NAE_ERA_R-1665_Eesti_Kunstnike_Liit, lk 77
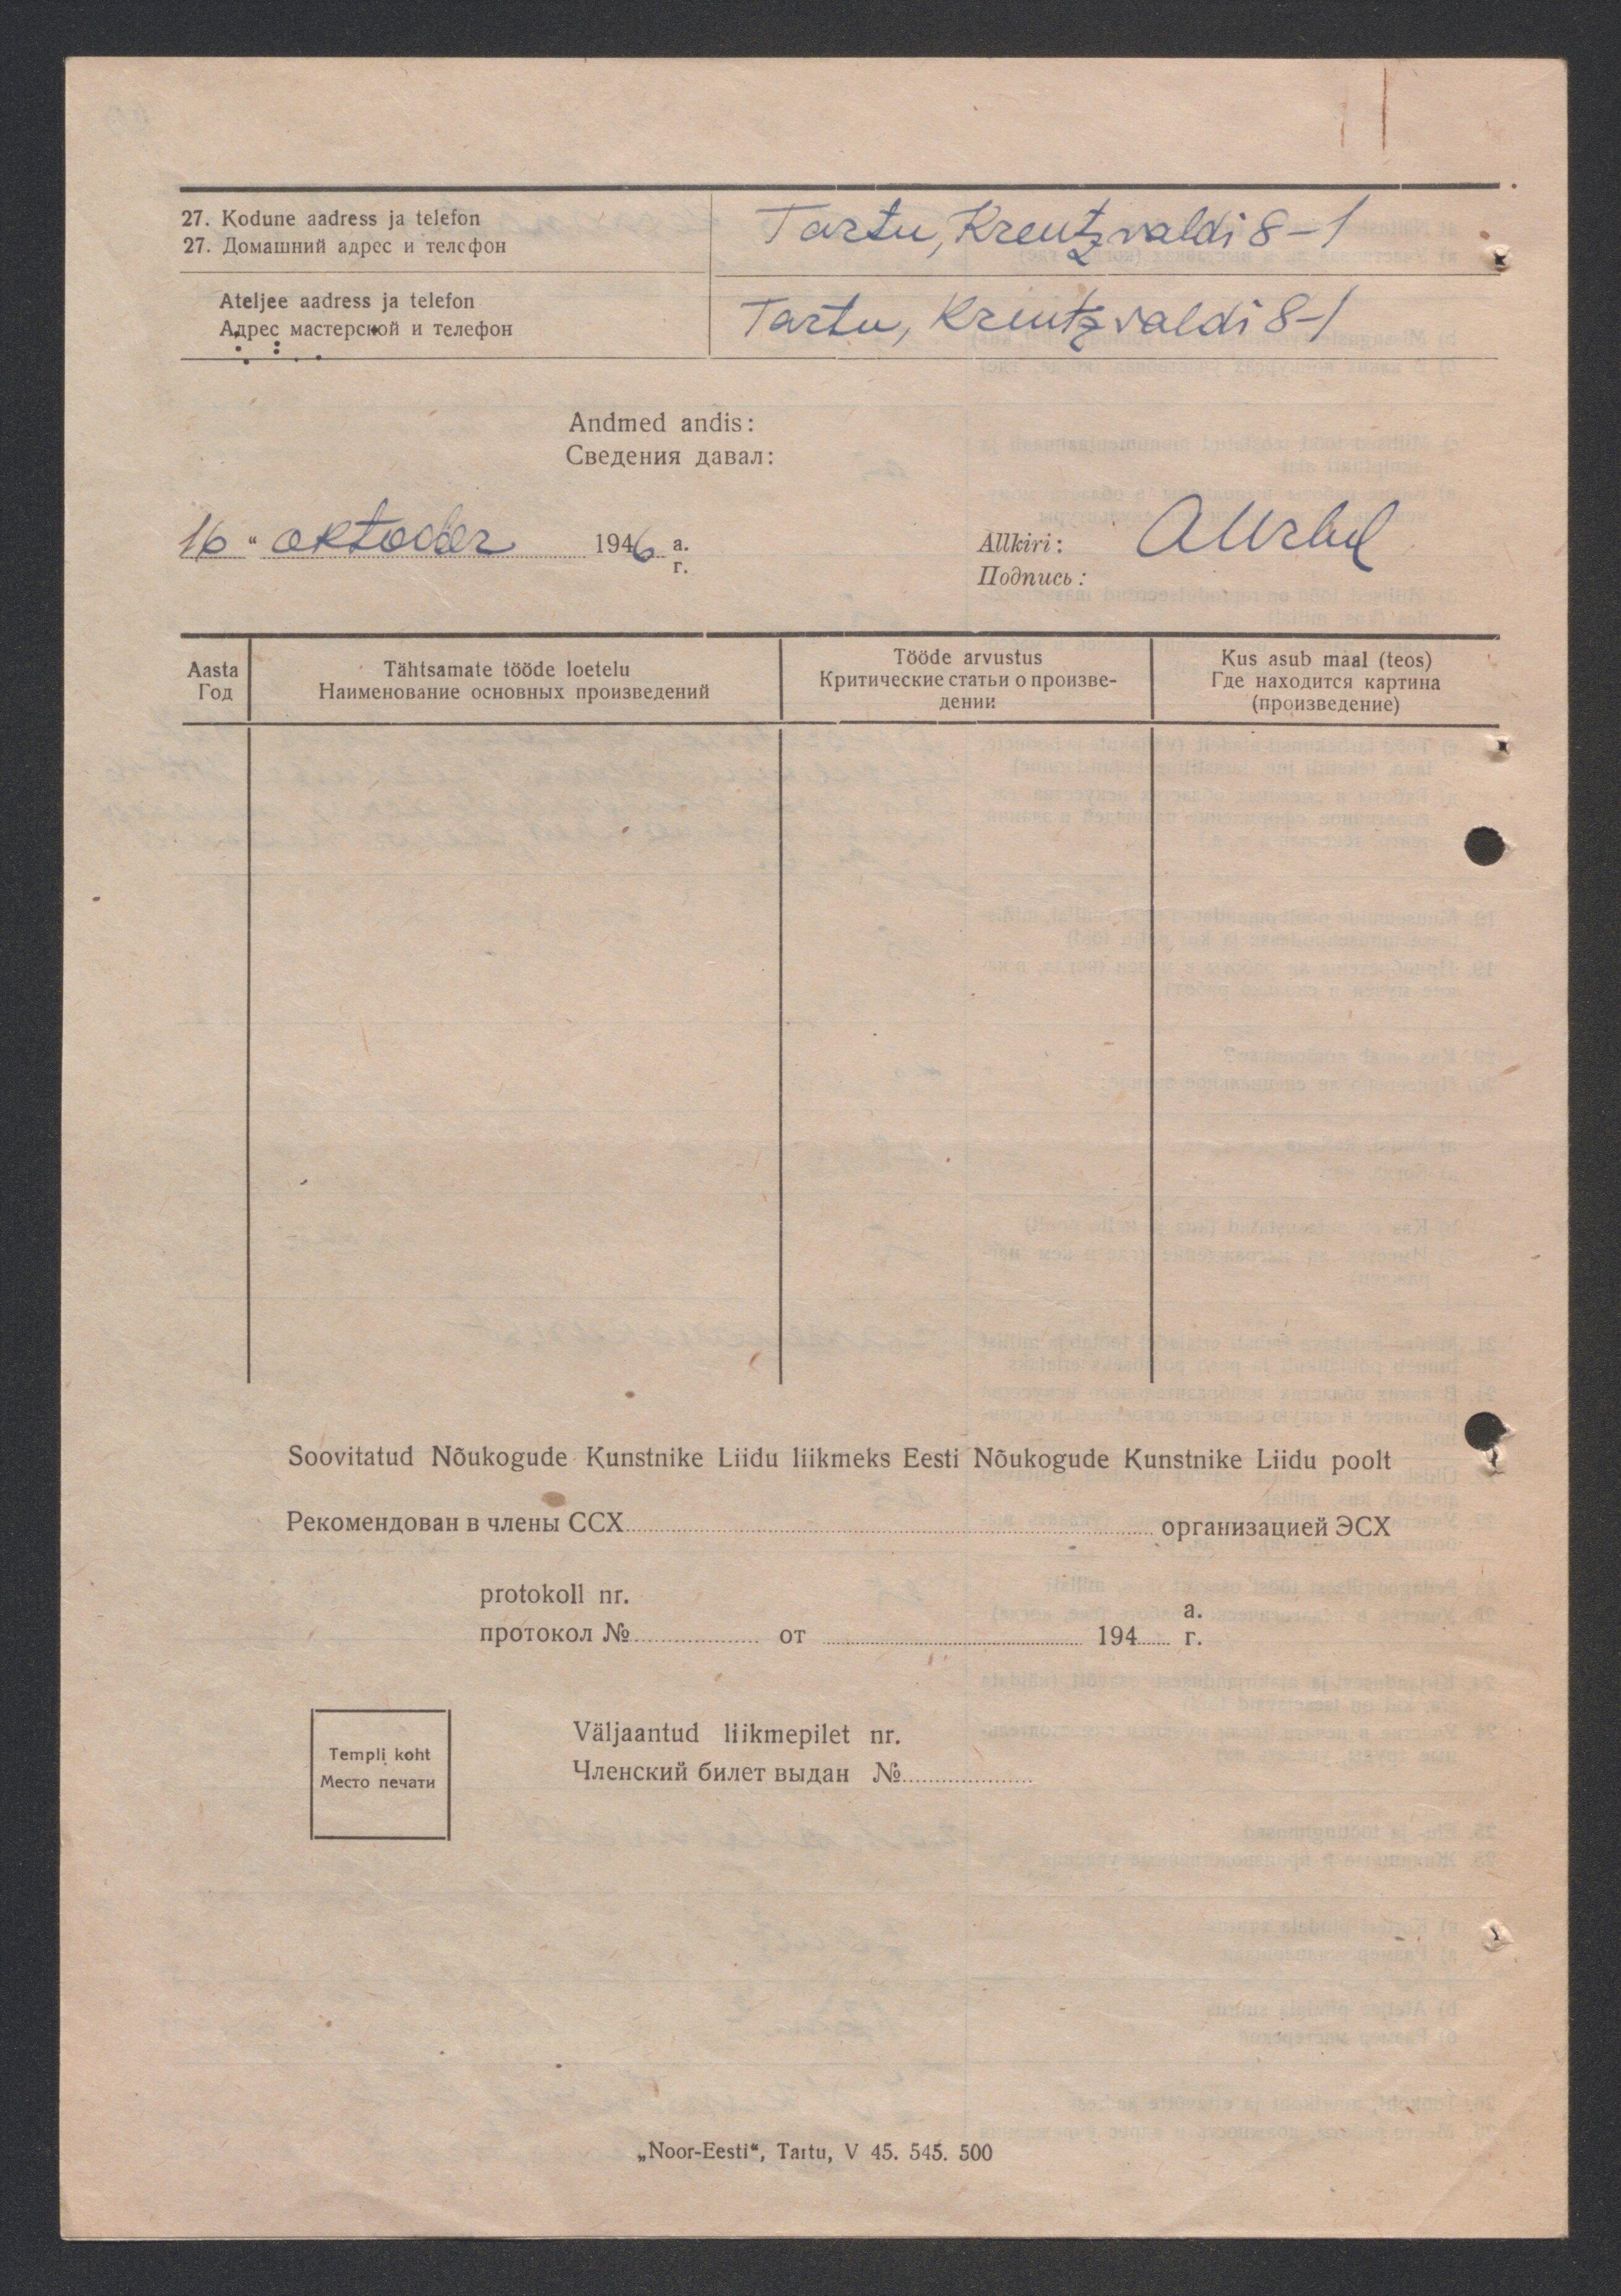
27. Kodune aadress ja telefon
Tartu, Kreutzvaldi 8-1
Ateljee aadress ja telefon
Tartu, Kreutzvaldi 8-1
Andmed andis:
16 " oktoober 1946 a.
Allkiri:
Aasta
Tähtsamate tööde loetelu
Tööde arvustus
Kus asub maal (teos)

Soovitatud Nõukogude Kunstnike Liidu liikmeks Eesti Nõukogude Kunstnike Liidu poolt
protokoll nr.
a.

Templi koht

Väljaantud liikmepilet nr.

„Noor-Eesti", Tartu, V 45. 545. 500